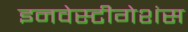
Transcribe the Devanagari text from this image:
इनवेस्टीगेशंस